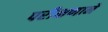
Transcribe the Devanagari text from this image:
परीक्षणाने